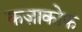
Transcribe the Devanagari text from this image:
कज़ाकोफ